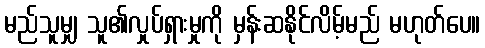
မည်သူမျှ သူ၏လှုပ်ရှားမှုကို မှန်းဆနိုင်လိမ့်မည် မဟုတ်ပေ။